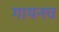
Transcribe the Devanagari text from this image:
गायनच